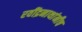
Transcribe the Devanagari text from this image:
रवींद्रनाथांनीच